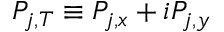
P _ { j , T } \equiv P _ { j , x } + i P _ { j , y }